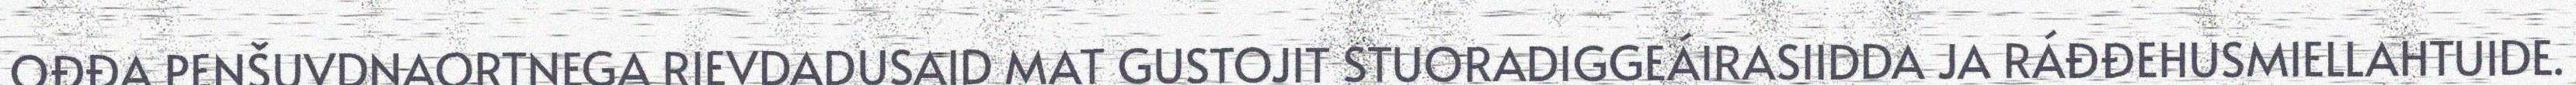
OĐĐA PENŠUVDNAORTNEGA RIEVDADUSAID MAT GUSTOJIT STUORADIGGEÁIRASIIDDA JA RÁĐĐEHUSMIELLAHTUIDE.